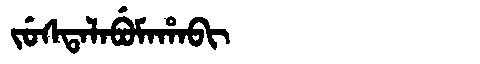
Manchu: ᠵᡠᠰᡨᠠᠯᠠᠪᡠᠮᠠᡥᠠᠪᡳ
Romanization: JUSTALABUMAHABI